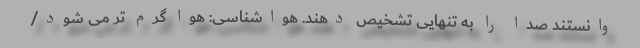
وانستند صدا را به تنهایی تشخیص دهند. هواشناسی: هوا گرم تر می شود/